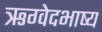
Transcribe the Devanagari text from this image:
ऋग्वेदभाष्य